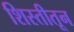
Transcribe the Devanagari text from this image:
शिस्तीतून